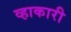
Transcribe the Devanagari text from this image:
व्हाकारी